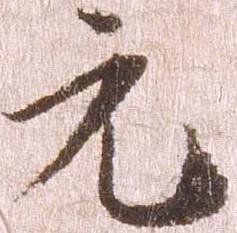
元